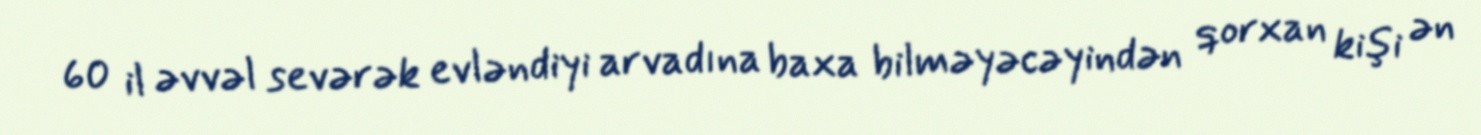
60 il əvvəl sevərək evləndiyi arvadına baxa bilməyəcəyindən qorxan kişi ən